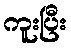
ကူးပြီး